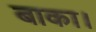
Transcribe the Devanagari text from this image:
बाका।